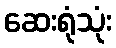
ဆေးရုံသုံး